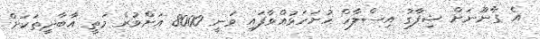
އެ ގާނޫނަށް ޝިފާގު އިސްލާހް ހުށަހަޅުއްވާފައި ވަނީ 8000 އަށްވުރެ މަތީ އާބާދީތަކަށް